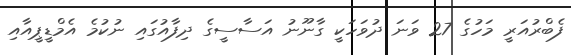
ފެބްރުއަރީ މަހުގެ 27 ވަނަ ދުވަހަކީ ގާނޫނު އަސާސީގެ ދިފާއުގައި ނުކުމެ އެމްޑީޕީއާއި